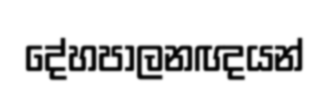
දේහපාලනඥයන්